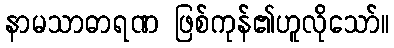
နာမသာဓာရဏ ဖြစ်ကုန်၏ဟူလိုသော်။